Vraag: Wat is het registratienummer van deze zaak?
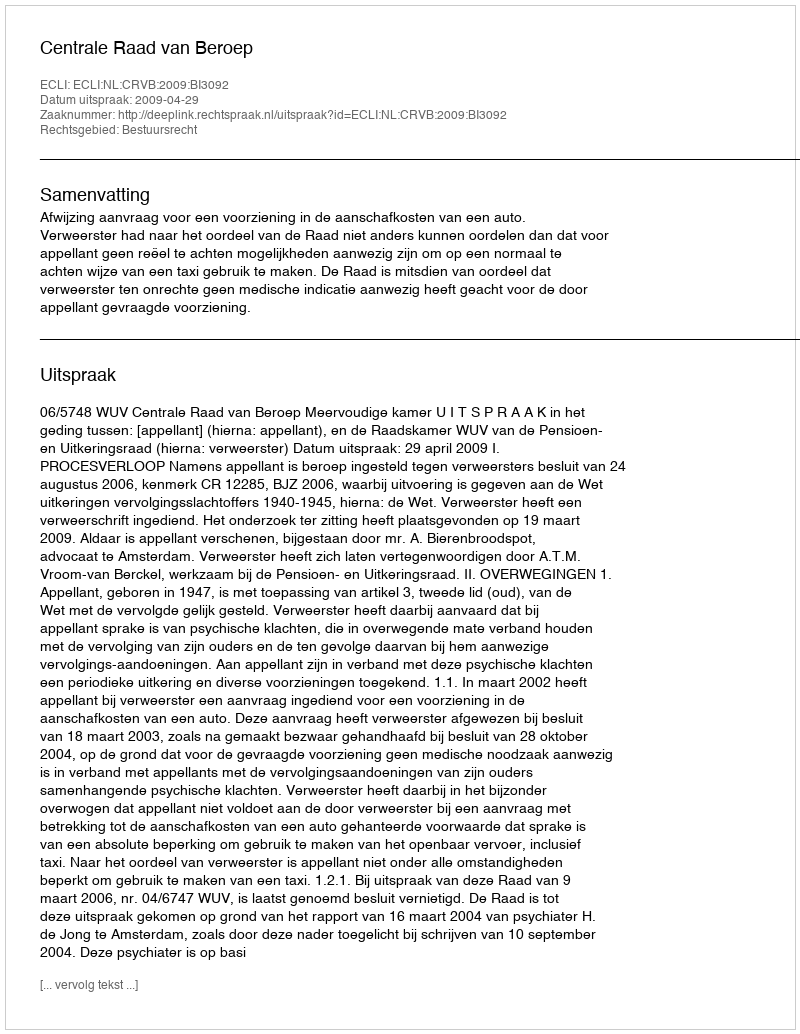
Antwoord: http://deeplink.rechtspraak.nl/uitspraak?id=ECLI:NL:CRVB:2009:BI3092